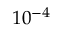
1 0 ^ { - 4 }